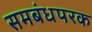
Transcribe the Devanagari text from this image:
समबंधपरक